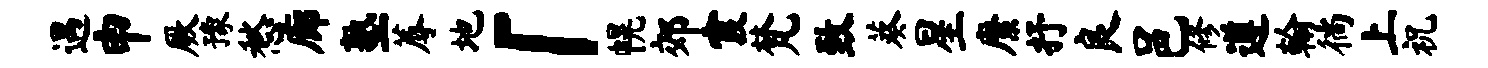
遇申厥豫愁廊塾蓐地「幌郊霞梵致葵星縻抒良邑修遵翰徜上祝